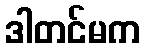
ဒါတင်မက